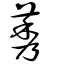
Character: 莠